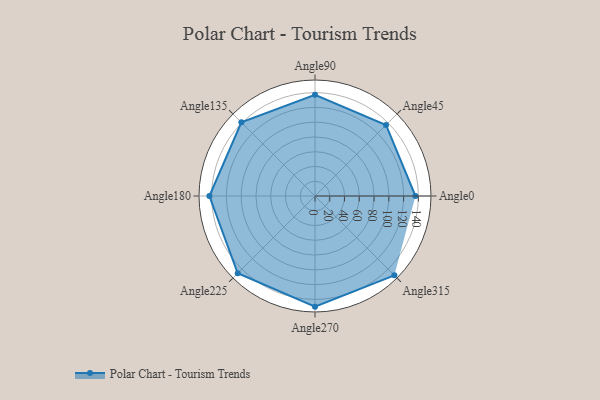
{"axis": {"x": "Angle", "y": "Radius"}, "legend": [""], "data": [{"x": "Angle0", "y": 136.0, "type": ""}, {"x": "Angle45", "y": 136.0, "type": ""}, {"x": "Angle90", "y": 137.0, "type": ""}, {"x": "Angle135", "y": 141.0, "type": ""}, {"x": "Angle180", "y": 143.0, "type": ""}, {"x": "Angle225", "y": 148.0, "type": ""}, {"x": "Angle270", "y": 150.0, "type": ""}, {"x": "Angle315", "y": 152.0, "type": ""}]}